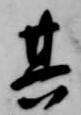
其